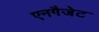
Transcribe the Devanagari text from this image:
एनगैजेट